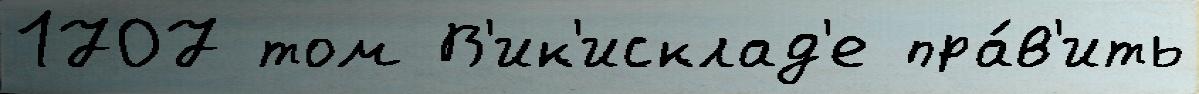
1707 том В'ик'исклад'е пра́в'ить